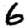
Digit: 6